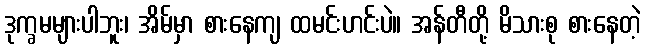
ဒုက္ခမများပါဘူး၊ အိမ်မှာ စားနေကျ ထမင်းဟင်းပဲ။ အန်တီတို့ မိသားစု စားနေတဲ့